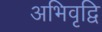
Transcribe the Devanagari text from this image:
अभिवृद्वि